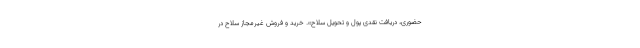
حضوری، دریافت نقدی پول و تحویل سلاح». خرید و فروش غیرمجاز سلاح در